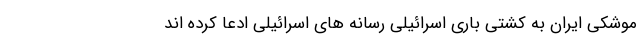
موشکی ایران به کشتی باری اسرائیلی رسانه های اسرائیلی ادعا کرده اند